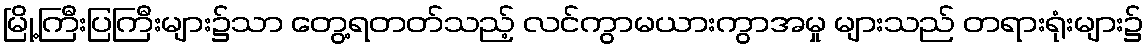
မြို့ကြီးပြကြီးများ၌သာ တွေ့ရတတ်သည့် လင်ကွာမယားကွာအမှု များသည် တရားရုံးများ၌